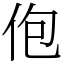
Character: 佨